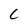
Character: C